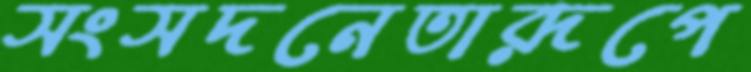
সংসদনেতারূপে